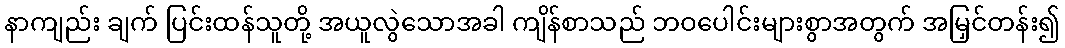
နာကျည်း ချက် ပြင်းထန်သူတို့ အယူလွဲသောအခါ ကျိန်စာသည် ဘဝပေါင်းများစွာအတွက် အမြှင်တန်း၍